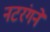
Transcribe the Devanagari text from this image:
नटरंगने